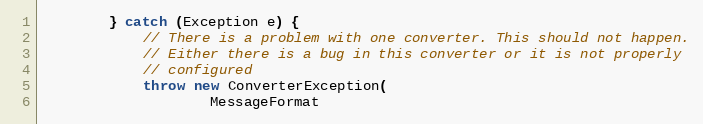
Language: Java
		} catch (Exception e) {
			// There is a problem with one converter. This should not happen.
			// Either there is a bug in this converter or it is not properly
			// configured
			throw new ConverterException(
					MessageFormat